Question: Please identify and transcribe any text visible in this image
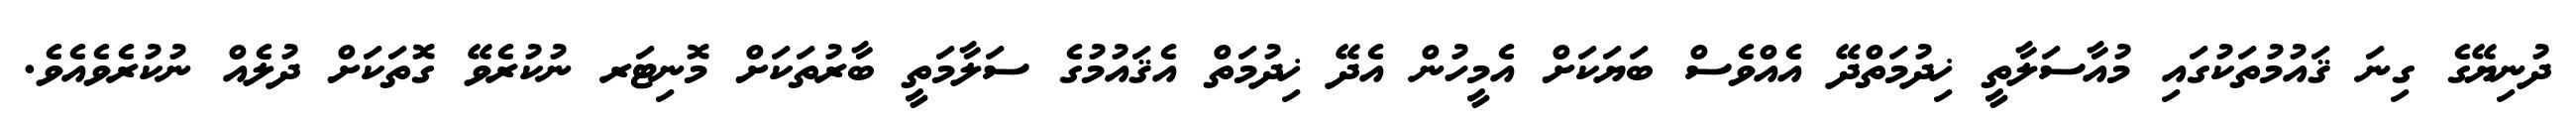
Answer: ދުނިޔޭގެ ގިނަ ޤައުމުތަކުގައި މުއާސަލާތީ ޚިދުމަތްދޭ އެއްވެސް ބަޔަކަށް އެމީހުން އެދޭ ޚިދުމަތް އެޤައުމުގެ ސަލާމަތީ ބާރުތަކަށް މޮނިޓަރ ނުކުރެވޭ ގޮތަކަށް ދުލެއް ނުކުރެވެއެވެ.